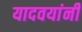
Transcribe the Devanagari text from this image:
यादवयांनी